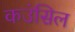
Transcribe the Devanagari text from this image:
कउंसिल